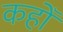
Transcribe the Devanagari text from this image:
कहोँ